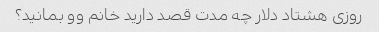
روزی هشتاد دلار چه مدت قصد دارید خانم وو بمانید؟